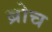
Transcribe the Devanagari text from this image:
ब्रोच